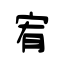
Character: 宥